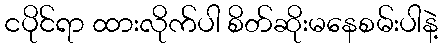
ငပိုင်ရာ ထားလိုက်ပါ စိတ်ဆိုးမနေစမ်းပါနဲ့